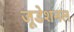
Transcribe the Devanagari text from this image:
जूडेशनल